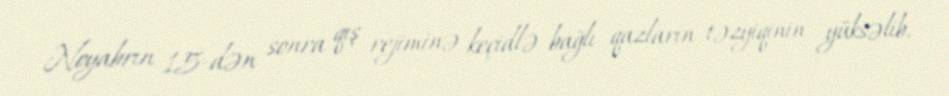
Noyabrın 15-dən sonra qış rejiminə keçidlə bağlı qazların təzyiqinin yüksəlib,